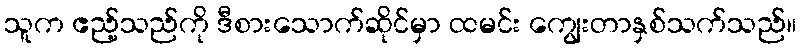
သူက ဧည့်သည်ကို ဒီစားသောက်ဆိုင်မှာ ထမင်း ကျွေးတာနှစ်သက်သည်။